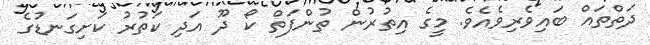
ދަތްތައް ބައިވެރިވެއެވެ. މީގެ އިތުރުން ތުންފަތް ކޯ ދޫ އަދި ކަތުރު ކަށިގަނޑުގެ